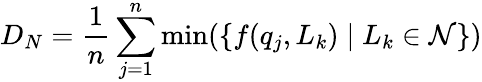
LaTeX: D_{N}=\frac{1}{n}\sum_{j=1}^{n}\operatorname*{min}(\left\{ f(q_{j},L_{k})\mid L_{k}\in\mathcal{N}\right\} )